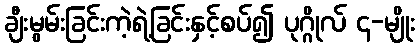
ချီးမွမ်းခြင်းကဲ့ရဲ့ခြင်းနှင့်စပ်၍ ပုဂ္ဂိုလ် ၄-မျိုး